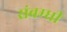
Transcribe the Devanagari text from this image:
संबम्धी